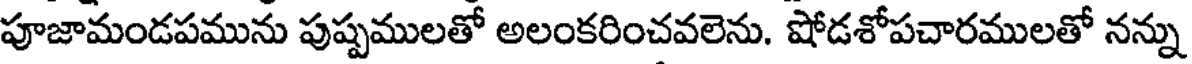
పూజామండపమును పుష్పములతో అలంకరించవలెను. షోడశోపచారములతో నన్ను